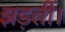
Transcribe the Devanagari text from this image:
झड़तीं।